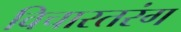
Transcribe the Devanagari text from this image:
विचारतरंग